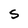
Character: S